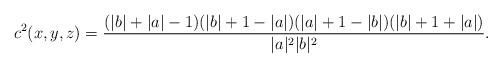
LaTeX: \begin{align*}c^2(x,y,z)=\frac{(|b|+|a|-1)(|b|+1-|a|)(|a|+1-|b|)(|b|+1+|a|)}{|a|^2|b|^2}.\end{align*}